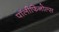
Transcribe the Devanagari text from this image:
पॉलीफिनोल्स